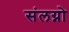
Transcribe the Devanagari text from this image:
संलग्नो